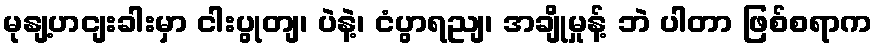
မုနျ့ဟငျးခါးမှာ ငါးပွုတျ၊ ပဲနဲ့၊ ငံပွာရညျ၊ အချိုမှုန့် ဘဲ ပါတာ ဖြစ်စရာက